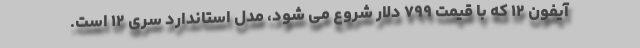
آیفون ۱۲ که با قیمت ۷۹۹ دلار شروع می شود، مدل استاندارد سری ۱۲ است.